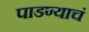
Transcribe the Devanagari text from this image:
पाडण्याचं